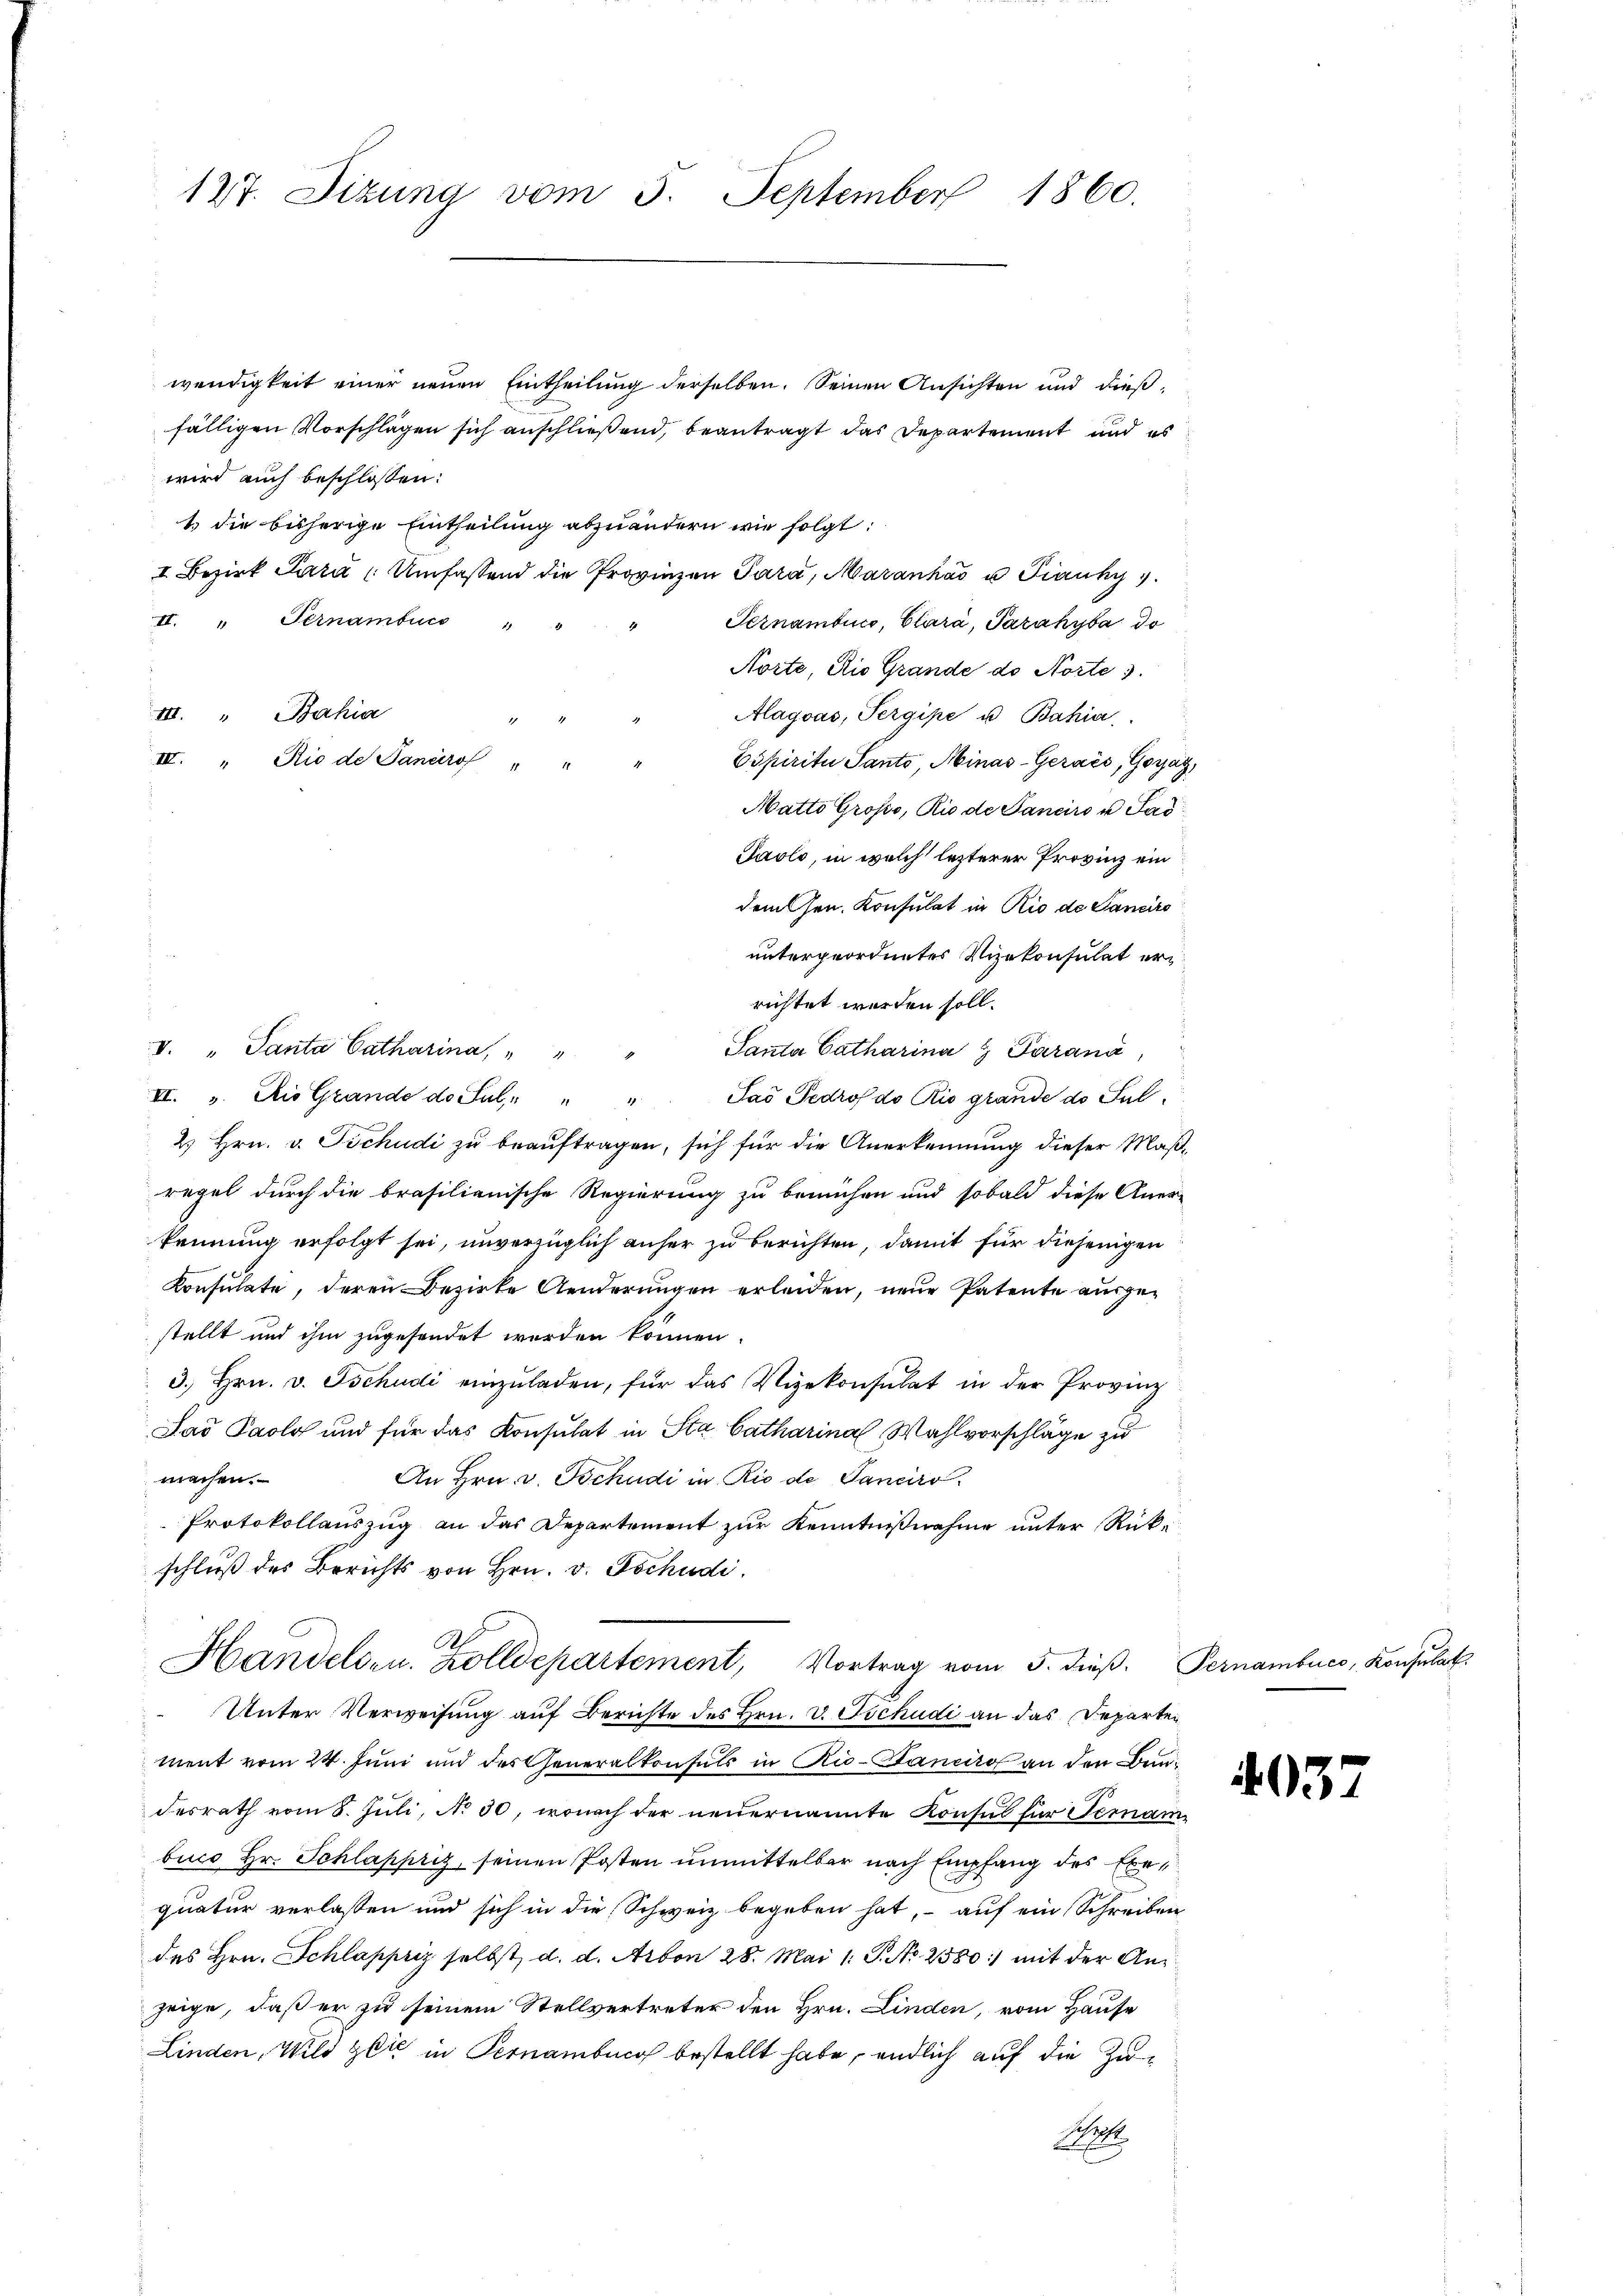
127. Sizung vom 5. September 1860.

wendigkeit einer neuen Eintheilung derselben. Seinen Ansichten und dießfälligen Vorschlägen sich anschließend, beantragt das Departement und es
wird auch beschlossen:
1. die bisherige Eintheilung abzuändern wie folgt:
I. Bezirk Sara Umfassend die Provinzen Para, Maranhás u Frank
II. " Fernambucs
Pernambico, Clara, Pazákyba do
Norte, Rio Grande de Norte 3.
III. " Bahia
Alagoas, Pergipe u Bahia
d
III. " Rio de Janeiro " "
Espiritu Santo, Minas-Gerais, Graz,
Matto Grosso, Rio de Panciro u Fad
Jaolo, in welch lezterer Provinz ein
dem sen. Konsulat in Rio de Canciro
untergeordnetes Vizekonsulat errichtet werden soll.
V. " Panta Catharina, " " " Panta Catharina Paraná,
II. Die Grande de Jul. " " " Jaš Pedrofdo Rio grande d. Jul
2 Hrn. v. Tschudi zu beauftragen, sich für die Anerkennung dieser Maßregel durch die brasilienische Regierung zu bemühen und sobald diese Aner-
kennung erfolgt sei, unverzüglich anher zu berichten, damit für diejenigen
Konsulate, deren Bezirke Aenderungen erleiden, neue Patente ausgestellt und ihm zugesendet werden können.
3. Hrn. v. Tschudi einzŭladen, für das Vizekonsulat in der Provinz
Sao Paolg und für das Konsulat in Sta Catharina Wahlvorschläge zu
machen.
An Hrn. v. Tschudi in Rio de Panciro.
Protokollauszug an das Departement zur Kenntnißnahme unter Rückschluß des Berichts von Hrn. v. Tschudi
R.
Handelsen. Zolldepartement, Vortrag vom 5. dieβ. Pernamburg, Konsulat
Unter Verweisung auf Berichte des Hrn. v. Tschudi an das Departei
ment vom 24. Juni und des Generalkonsuls in Rio-Pancito an den Bundesrath vom 8. Juli, No 30, wonach der neuernannte Konsul für Terambuco Hr. Schlappriz, seinen Posten unmittelbar nach Empfang des Exequatur verlassen und sich in die Schweiz begeben hat, auf ein Schreiben
des Hrn. Schlappriz selbst, d. d. Arbon 28. Mai l. J. No 2580:) mit der Anzeige, daß er zu seinem Stellvertreter den Hrn. Linden, vom Hause
Linden, Wild zbić in Pernamburg bestellt habe, endlich auf die Zu¬
Ah.

4037